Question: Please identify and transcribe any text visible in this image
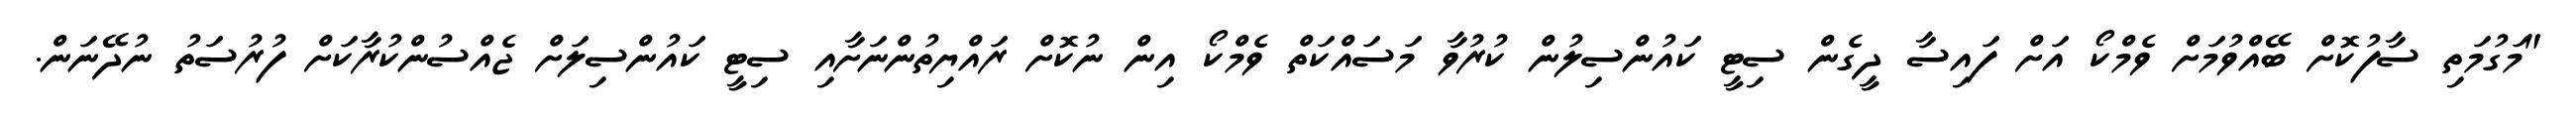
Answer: "މަގުމަތި ސާފުކޮށް ބޭއްވުމަށް ވެމްކޯ އަށް ފައިސާ ދީގެން ސިޓީ ކައުންސިލުން ކުރުވާ މަސައްކަތް ވެމްކޯ އިން ނުކޮށް ރައްޔިތުންނަށާއި ސިޓީ ކައުންސިލަށް ޖެއްސުންކުރާކަށް ފުރުސަތު ނުދޭނަން.